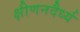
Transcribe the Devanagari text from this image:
क्षीणनदैर्ध्य